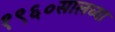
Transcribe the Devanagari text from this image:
१९६०सालच्या